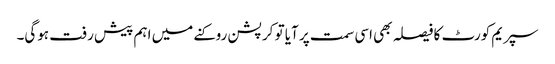
سپریم کورٹ کا فیصلہ بھی اسی سمت پر آیا تو کرپشن روکنے میں اہم پیش رفت ہوگی۔